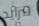
تتزايد